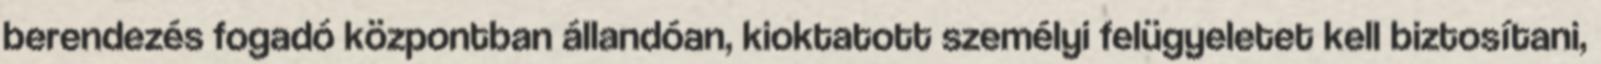
berendezés fogadó központban állandóan, kioktatott személyi felügyeletet kell biztosítani,